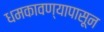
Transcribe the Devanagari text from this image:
धमकावण्यापासून